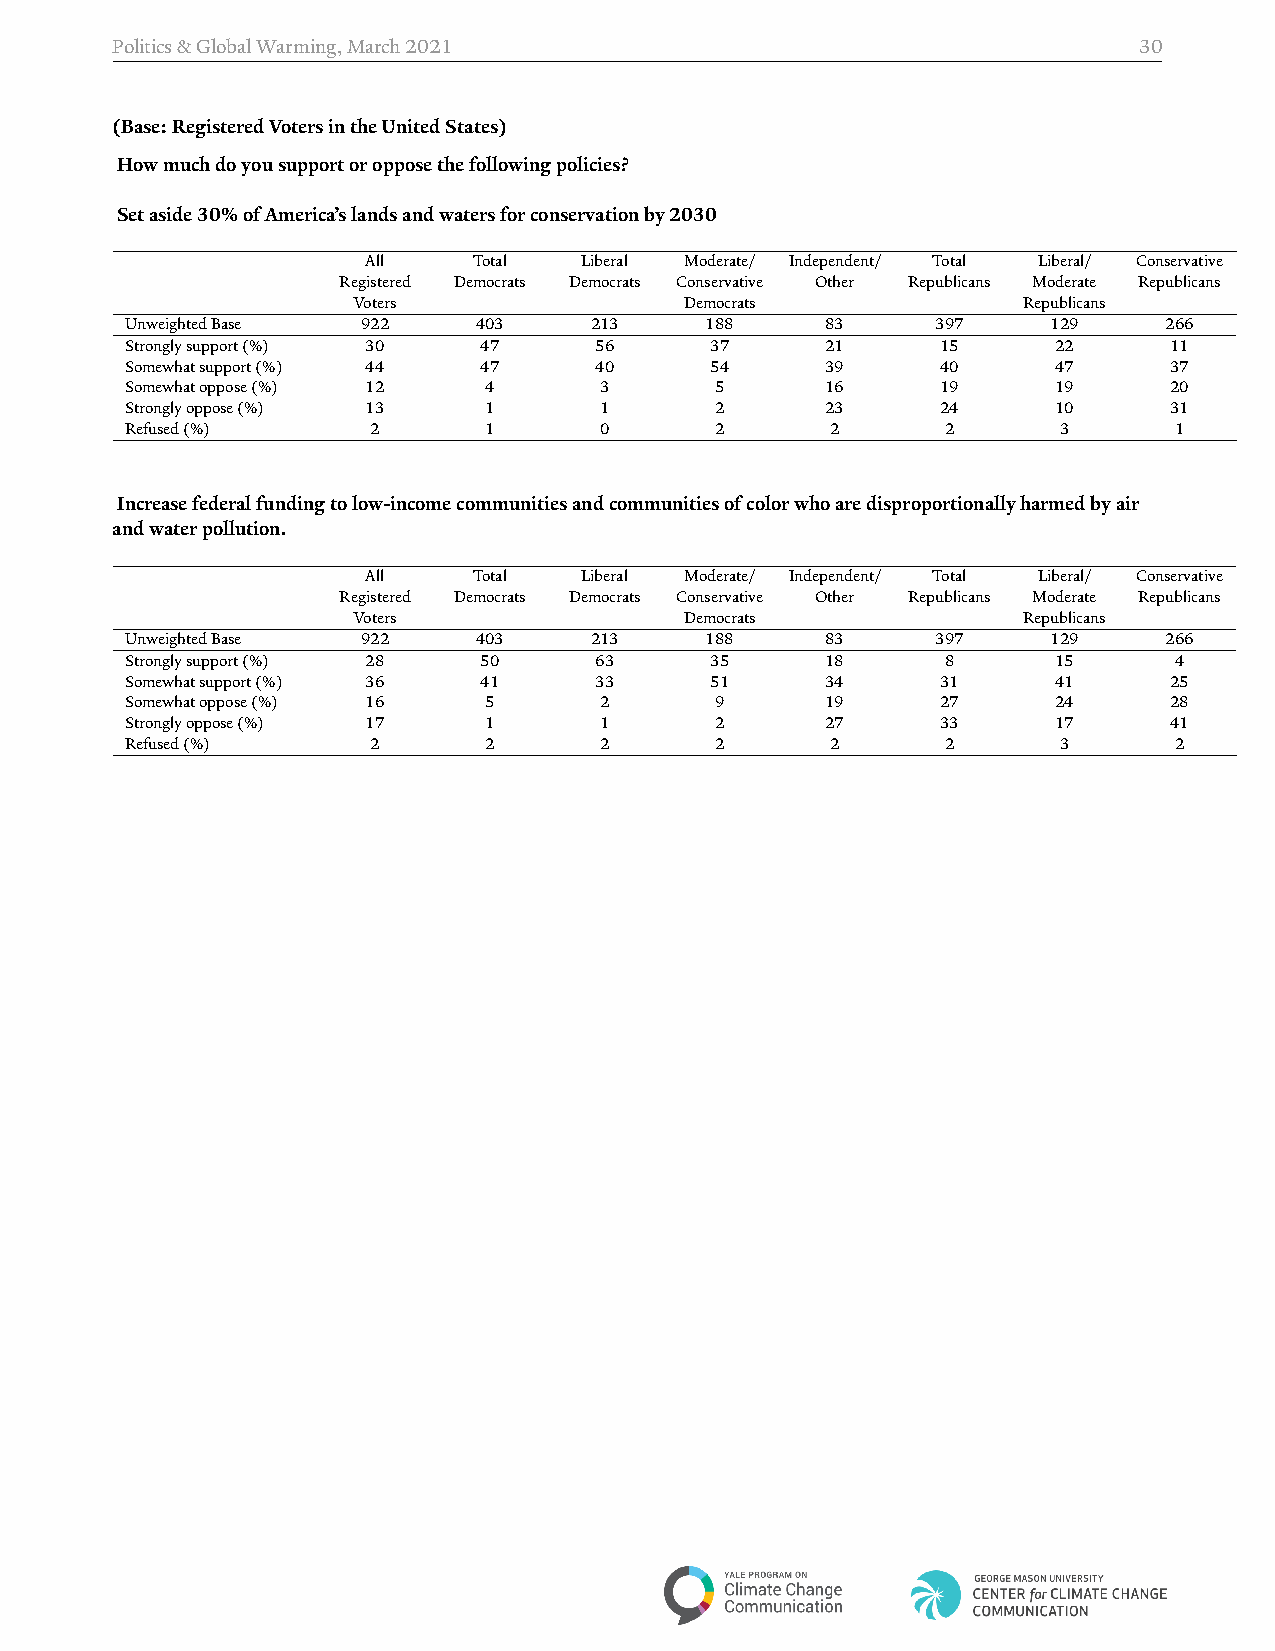
Politics&GlobalWarming,March2021                                    30
 (Base:RegisteredVotersintheUnitedStates)
 Howmuchdoyousupportoropposethefollowingpolicies?
 Setaside30%ofAmerica’slandsandwatersforconservationby2030
 All    Total  Liberal Moderate/ Independent/ Total Liberal/ Conservative
 Registered Democrats Democrats Conservative Other Republicans Moderate Republicans
 Voters                Democrats              Republicans
 UnweightedBase  922    403     213     188     83     397     129    266
 Stronglysupport(%) 30   47     56      37      21     15      22     11
 Somewhatsupport(%) 44   47     40      54      39     40      47     37
 Somewhatoppose(%) 12    4       3      5       16     19      19     20
 Stronglyoppose(%) 13    1       1      2       23     24      10     31
 Refused(%)       2      1       0      2       2       2      3       1
 Increasefederalfundingtolow­incomecommunitiesandcommunitiesofcolorwhoaredisproportionallyharmedbyair
 andwaterpollution.
 All    Total  Liberal Moderate/ Independent/ Total Liberal/ Conservative
 Registered Democrats Democrats Conservative Other Republicans Moderate Republicans
 Voters                Democrats              Republicans
 UnweightedBase  922    403     213     188     83     397     129    266
 Stronglysupport(%) 28   50     63      35      18      8      15      4
 Somewhatsupport(%) 36   41     33      51      34     31      41     25
 Somewhatoppose(%) 16    5       2      9       19     27      24     28
 Stronglyoppose(%) 17    1       1      2       27     33      17     41
 Refused(%)       2      2       2      2       2       2      3       2